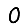
Digit: 0